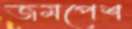
জমপেশ